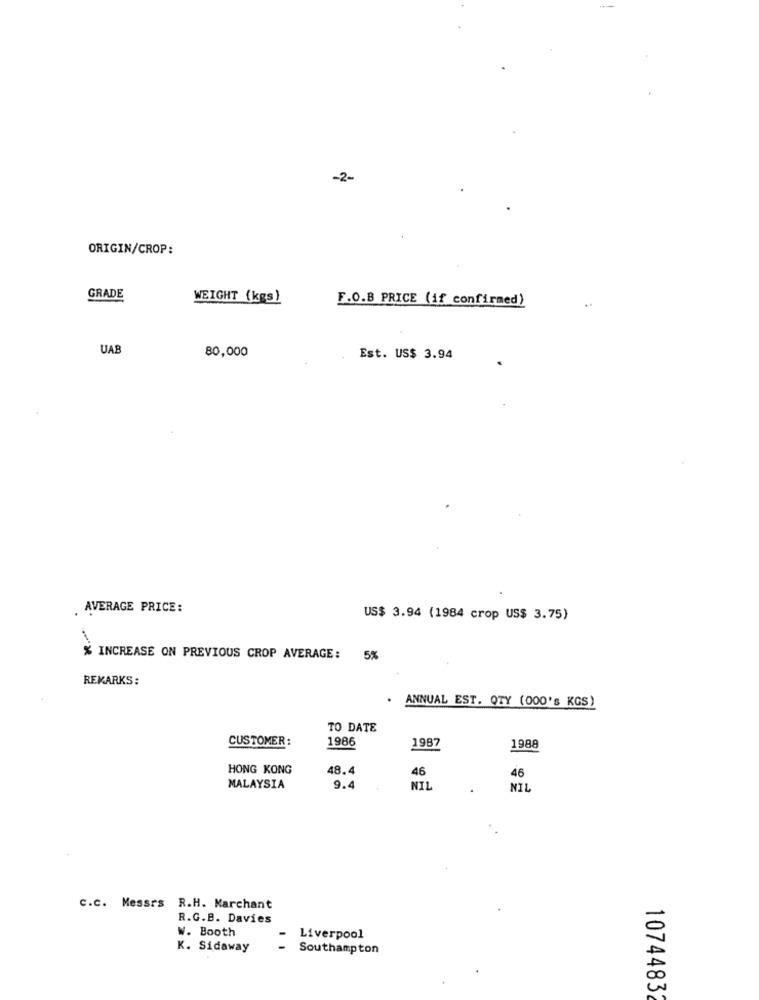
-2-
ORIGIN/CROP:
GRADE
WEIGHT (kgs)
F.O.B PRICE (if confirmed)
UAE
80,000
Est. US$ 3.94
AVERAGE PRICE:
US$ 3.94 (1984 crop US$ 3.75)
% INCREASE ON PREVIOUS CROP AVERAGE: 5%
REKARKS:
ANNUAL EST. QTY (000's KGS)
TO DATE
CUSTOMER:
1986
1987
1988
HONG KONG
48.4
46
46
MALAYSIA
9.4
NIL
NIL
C.C. Messrs R.H. Marchant
R.G.B. Davies
W. Booth
Liverpool
K. Sidaway
-
Southampton
1074483